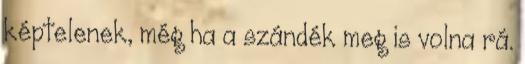
képtelenek, még ha a szándék meg is volna rá.